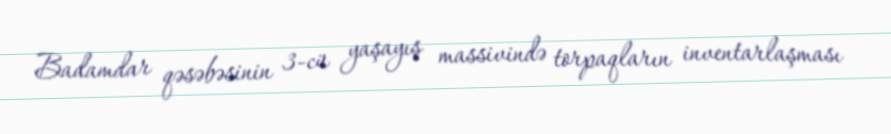
Badamdar qəsəbəsinin 3-cü yaşayış massivində torpaqların inventarlaşması